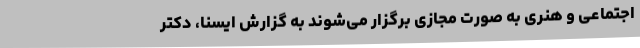
اجتماعی و هنری به صورت مجازی برگزار می‌شوند به گزارش ایسنا، دکتر